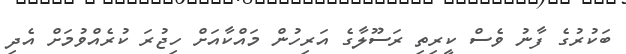
ބަކުރުގެ ފާނު ވެސް ކީރިތި ރަސޫލާގެ އަރިހުން މައްކާއަށް ހިޖުރަ ކުރެއްވުމަށް އެދި